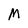
Character: M